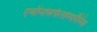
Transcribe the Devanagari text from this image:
एमीनोसेफैलोस्पोरैनिक